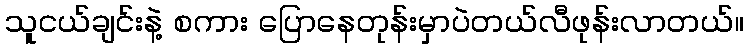
သူငယ်ချင်းနဲ့ စကား ပြောနေတုန်းမှာပဲတယ်လီဖုန်းလာတယ်။